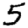
Digit: 5